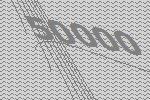
50000